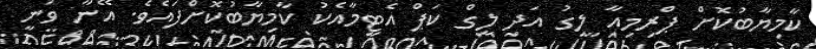
ކާމިޔާބުކޮށް ޕްރިމިއާ ލީގު އަދި ލީގް ކަޕް އެޓީމާއެކު ކާމިޔާބުކޮށްފައެވެ. އޭނާ ވަނީ